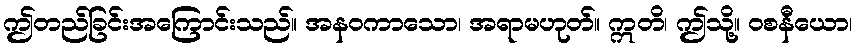
ဤတည်ခြင်းအကြောင်းသည်။ အနဝကာသော၊ အရာမဟုတ်။ ဣတိ၊ ဤသို့။ ဝစနီယော၊